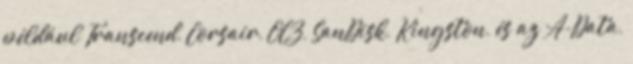
például Transcend, Corsair, OCZ, SanDisk, Kingston, és az A-Data,